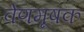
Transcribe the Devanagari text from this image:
वेणमूषक